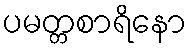
ပမတ္တစာရိနော